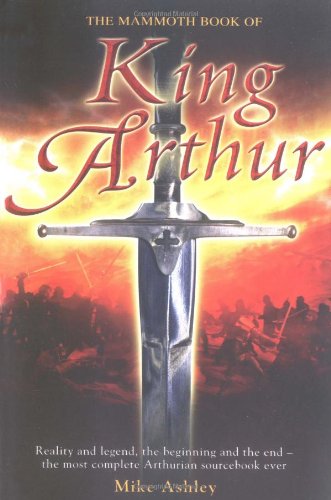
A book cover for The Mammoth Book of King Arthur: Reality and Legend, the Beginning and the End--The Most Complete Arthurian Sourcebook Ever; Science Fiction & Fantasy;